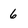
Character: 6